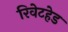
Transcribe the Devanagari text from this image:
रिवेटहेड